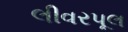
લીવરપૂલ